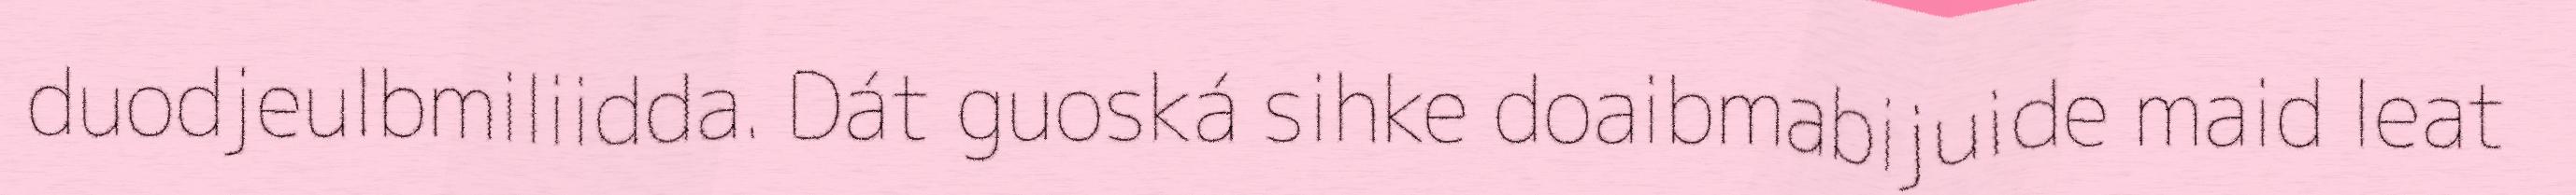
duodjeulbmiliidda. Dát guoská sihke doaibmabijuide maid leat